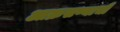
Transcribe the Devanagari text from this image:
आक्रसण्याची